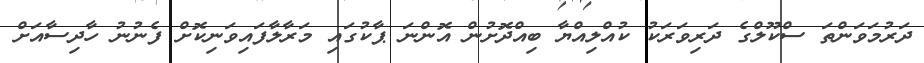
ދަރުމަވަންތަ ސްކޫލްގެ ދަރިވަރަކު ކުއްލިއްޔާ ބިއްދޮށުން އޮންނަ ޕާކުގައި މަރާލާފައިވަނިކޮށް ފެނުނު ހާދިސާއަށް